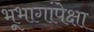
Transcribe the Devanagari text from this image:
भूभागांपेक्षा